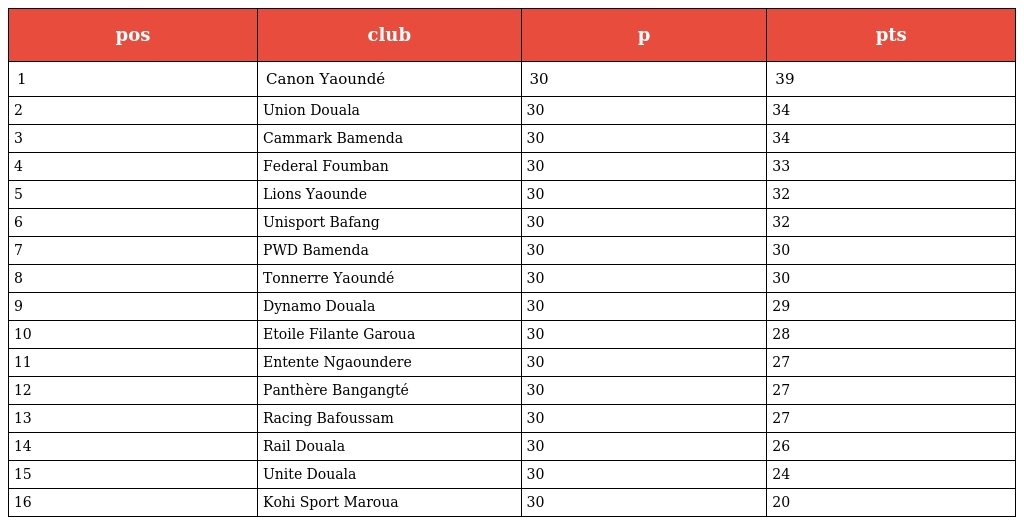
| pos | club | p | pts |
 | --- | --- | --- | --- |
 | 1 | Canon Yaoundé | 30 | 39 |
 | 2 | Union Douala | 30 | 34 |
 | 3 | Cammark Bamenda | 30 | 34 |
 | 4 | Federal Foumban | 30 | 33 |
 | 5 | Lions Yaounde | 30 | 32 |
 | 6 | Unisport Bafang | 30 | 32 |
 | 7 | PWD Bamenda | 30 | 30 |
 | 8 | Tonnerre Yaoundé | 30 | 30 |
 | 9 | Dynamo Douala | 30 | 29 |
 | 10 | Etoile Filante Garoua | 30 | 28 |
 | 11 | Entente Ngaoundere | 30 | 27 |
 | 12 | Panthère Bangangté | 30 | 27 |
 | 13 | Racing Bafoussam | 30 | 27 |
 | 14 | Rail Douala | 30 | 26 |
 | 15 | Unite Douala | 30 | 24 |
 | 16 | Kohi Sport Maroua | 30 | 20 |